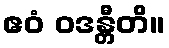
ဧဝံ ဝဒန္တီတိ။